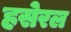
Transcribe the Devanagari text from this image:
हसेरल